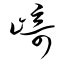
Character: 崎